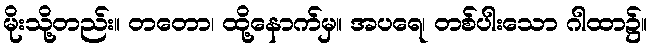
မိုးသို့တည်း။ တတော၊ ထို့နောက်မှ။ အပရေ၊ တစ်ပါးသော ဂါထာ၌။